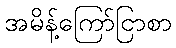
အမိန့်ကြော်ငြာစာ